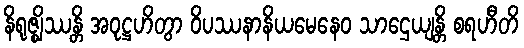
နိရုဇ္ဈိဿန္တိ အဝုဋ္ဌဟိတွာ ဝိပဿနာနိယမေနေဝ သာဌေယျန္တိ စရဟီတိ